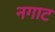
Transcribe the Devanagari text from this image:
नगाट